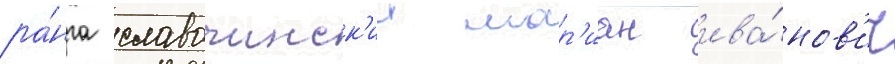
ра́нга славочинск'ии мар'иан ива́нов'ич